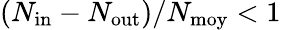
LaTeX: (N_{\mathrm{in}}-N_{\mathrm{out}})/N_{\mathrm{moy}}<1